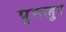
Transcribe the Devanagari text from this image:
पुनलुर